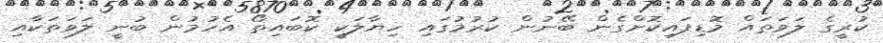
ކުރީގެ ލަވަތައް މޮޑިފައިކޮށްގެން ބޭނުން ކުރުމުގައި ހިޔާލަކީ ކޮބައިތޯ އެހުމުން ބުނީ ލަވަތަކާއި